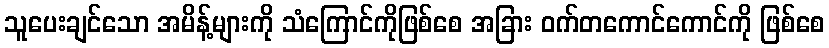
သူပေးချင်သော အမိန့်များကို သံကြောင်ကိုဖြစ်စေ အခြား ဝက်တကောင်ကောင်ကို ဖြစ်စေ